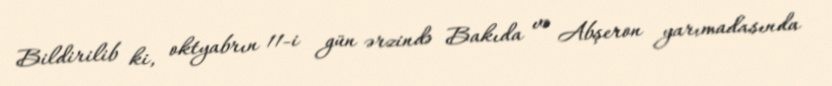
Bildirilib ki, oktyabrın 11-i gün ərzində Bakıda və Abşeron yarımadasında